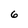
Character: 6